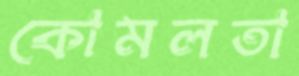
কোমলতা